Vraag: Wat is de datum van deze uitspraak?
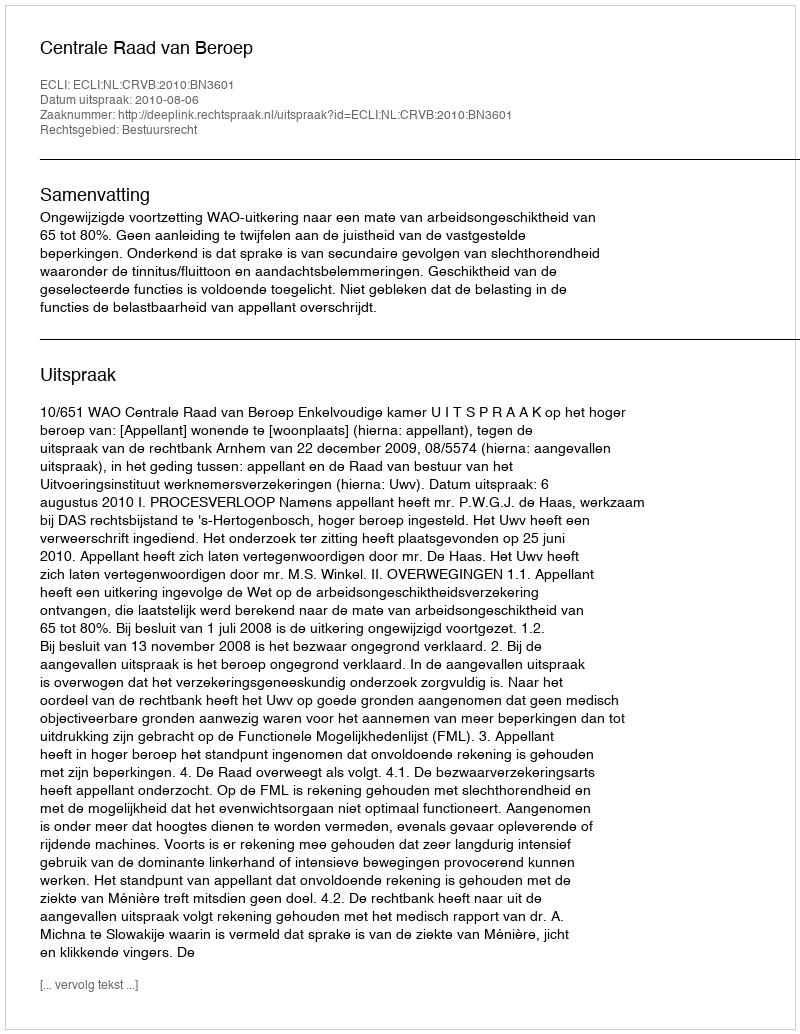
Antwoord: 2010-08-06